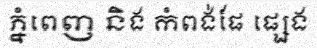
ភ្នំពេញ និង កំពង់ផែ ផ្សេង